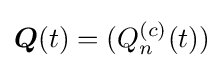
{\boldsymbol {Q}}(t)=(Q_{n}^{(c)}(t))